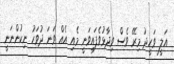
އަލީ ވަހީދު މިރޭ ވެސް ވިދާޅުވެފައިވަނީ މެއި އެއް ވަނަ ދުވަހު ނިކުންނަނީ